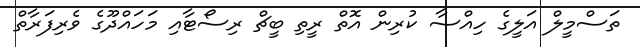
ތަސްމީލް އަލީގެ ހިއްސާ ކުރިން އޮތް ރީތި ބީޗް ރިސޯޓާއި މަހައްދޫގެ ވެރިފަރާތް